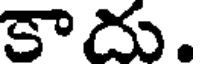
కాదు.